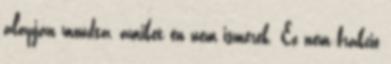
alapján mondta, amiket én nem ismerek. Ez nem frakció